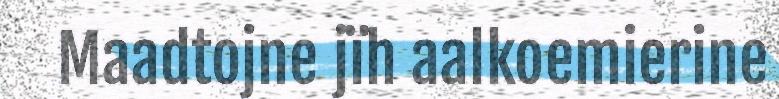
Maadtojne jïh aalkoemierine